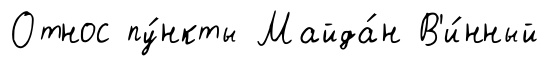
Относ пу́нкты Майда́н В'и́нный